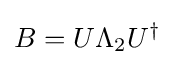
B=U\Lambda _{2}U^{\dagger }